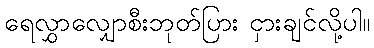
ရေလွှာလျှောစီးဘုတ်ပြား ငှားချင်လို့ပါ။